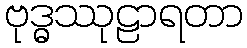
ဗုဒ္ဓဿုဠာရတာ